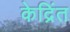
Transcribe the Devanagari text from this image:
केद्रिंत